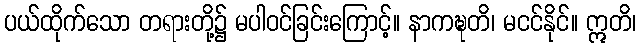
ပယ်ထိုက်သော တရားတို့၌ မပါဝင်ခြင်းကြောင့်။ နာကဍ္ဎတိ၊ မငင်နိုင်။ ဣတိ၊